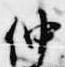
仲